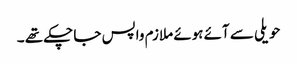
حویلی سے آئے ہوئے ملازم واپس جا چکے تھے ۔